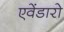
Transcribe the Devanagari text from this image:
एवेंडारो